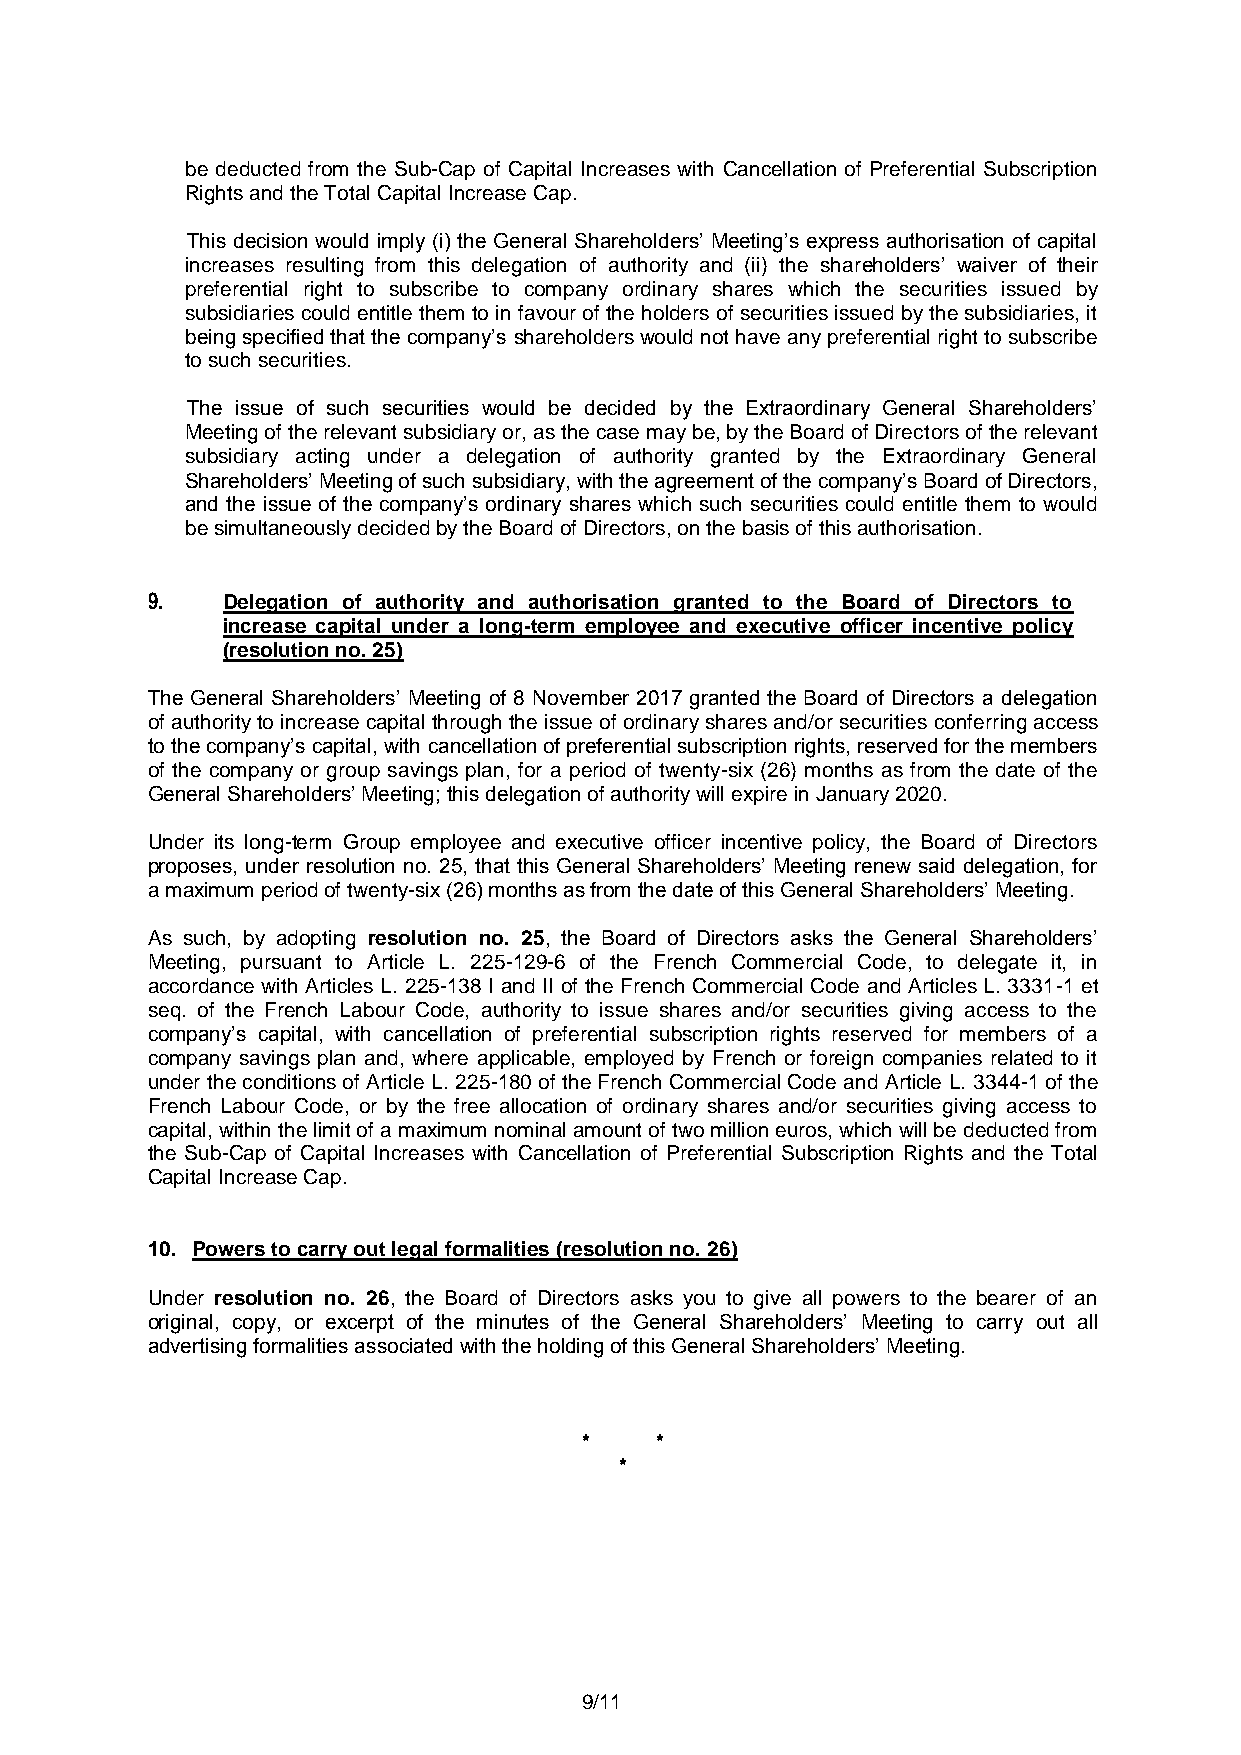
be deducted from the Sub-Cap of Capital Increases with Cancellation of Preferential Subscription
 Rights and the Total Capital Increase Cap.
 This decision would imply (i) the General Shareholders’ Meeting’s express authorisation of capital
 increases resulting from this delegation of authority and (ii) the shareholders’ waiver of their
 preferential right to subscribe to company ordinary shares which the securities issued by
 subsidiaries could entitle them to in favour of the holders of securities issued by the subsidiaries, it
 being specified that the company’s shareholders would not have any preferential right to subscribe
 to such securities.
 The issue of such securities would be decided by the Extraordinary General Shareholders’
 Meeting of the relevant subsidiary or, as the case may be, by the Board of Directors of the relevant
 subsidiary acting under a delegation of authority granted by the Extraordinary General
 Shareholders’ Meeting of such subsidiary, with the agreement of the company’s Board of Directors,
 and the issue of the company’s ordinary shares which such securities could entitle them to would
 be simultaneously decided by the Board of Directors, on the basis of this authorisation.
 9.   Delegation of authority and authorisation granted to the Board of Directors to
 increase capital under a long-term employee and executive officer incentive policy
 (resolution no. 25)
 The General Shareholders’ Meeting of 8 November 2017 granted the Board of Directors a delegation
 of authority to increase capital through the issue of ordinary shares and/or securities conferring access
 to the company’s capital, with cancellation of preferential subscription rights, reserved for the members
 of the company or group savings plan, for a period of twenty-six (26) months as from the date of the
 General Shareholders’ Meeting; this delegation of authority will expire in January 2020.
 Under its long-term Group employee and executive officer incentive policy, the Board of Directors
 proposes, under resolution no. 25, that this General Shareholders’ Meeting renew said delegation, for
 a maximum period of twenty-six (26) months as from the date of this General Shareholders’ Meeting.
 As such, by adopting resolution no. 25, the Board of Directors asks the General Shareholders’
 Meeting, pursuant to Article L. 225-129-6 of the French Commercial Code, to delegate it, in
 accordance with Articles L. 225-138 I and II of the French Commercial Code and Articles L. 3331-1 et
 seq. of the French Labour Code, authority to issue shares and/or securities giving access to the
 company’s capital, with cancellation of preferential subscription rights reserved for members of a
 company savings plan and, where applicable, employed by French or foreign companies related to it
 under the conditions of Article L. 225-180 of the French Commercial Code and Article L. 3344-1 of the
 French Labour Code, or by the free allocation of ordinary shares and/or securities giving access to
 capital, within the limit of a maximum nominal amount of two million euros, which will be deducted from
 the Sub-Cap of Capital Increases with Cancellation of Preferential Subscription Rights and the Total
 Capital Increase Cap.
 10. Powers to carry out legal formalities (resolution no. 26)
 Under resolution no. 26, the Board of Directors asks you to give all powers to the bearer of an
 original, copy, or excerpt of the minutes of the General Shareholders’ Meeting to carry out all
 advertising formalities associated with the holding of this General Shareholders’ Meeting.
 *   *
 *
 9/11